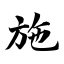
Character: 施